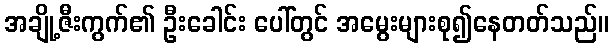
အချို့ဇီးကွက်၏ ဦးခေါင်း ပေါ်တွင် အမွေးများစု၍နေတတ်သည်။